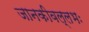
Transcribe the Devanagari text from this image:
जानकीवल्लभः